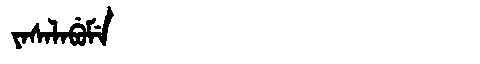
Manchu: ᠶᠠᠰᠠᠯᠠᠪᡠᠮᡝ
Romanization: YASALABUME